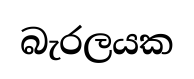
බැරලයක